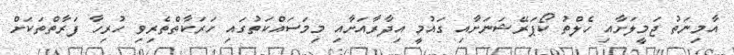
އާމިނަތު ޖަމީލަށާއި ހެލްތު ކޯޕަރޭޝަނަށާއި ގައުމީ އިދާރާއަށާއި މިމަސައްކަތުގައި ހަރަކާތްތެރިވި ހުރިހާ ފަރާތްތަކަށް